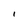
Character: l